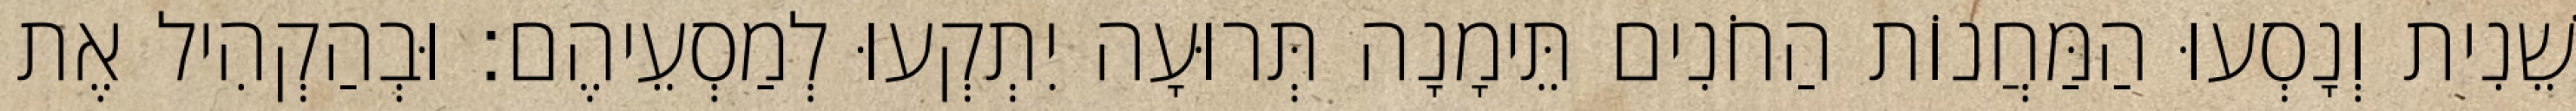
שֵׁנִית וְנָסְעוּ הַמַּחֲנוֹת הַחֹנִים תֵּימָנָה תְּרוּעָה יִתְקְעוּ לְמַסְעֵיהֶם׃ וּבְהַקְהִיל אֶת